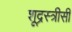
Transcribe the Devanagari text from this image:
शूद्रस्त्रीसी